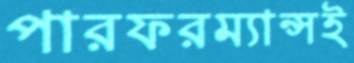
পারফরম্যান্সই